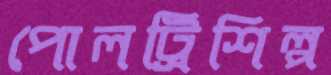
পোলট্রিশিল্প